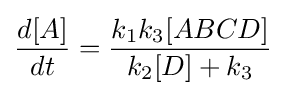
{\frac {d[A]}{dt}}={\frac {k_{1}k_{3}[ABCD]}{k_{2}[D]+k_{3}}}